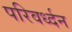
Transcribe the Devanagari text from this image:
परिवर्ध्दन